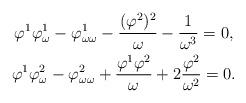
LaTeX: \begin{gather*}\varphi^1\varphi^1_\omega-\varphi^1_{\omega\omega}-\frac{(\varphi^2)^2}{\omega}-\frac1{\omega^3}=0,\\\varphi^1\varphi^2_\omega-\varphi^2_{\omega\omega}+\frac{\varphi^1\varphi^2}{\omega}+2\frac{\varphi^2}{\omega^2}=0.\end{gather*}